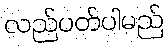
လည်ပတ်ပါမည်